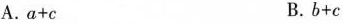
A.$$a+c$$ B.$$b+c$$